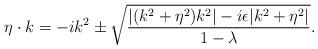
LaTeX: \begin{align*}\eta\cdot k=-ik^2\pm\sqrt{{|(k^2+\eta^2)k^2|-i\epsilon|k^2+\eta^2|\over{1-\lambda}}}.\end{align*}